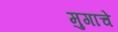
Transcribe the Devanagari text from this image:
मुगाचे